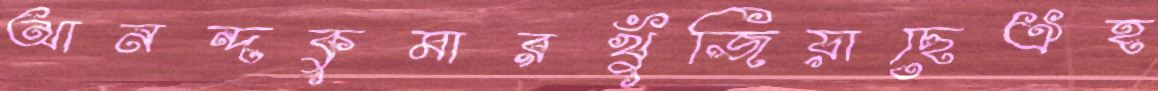
আনন্দকুমারখুঁজিয়াছেঐহ